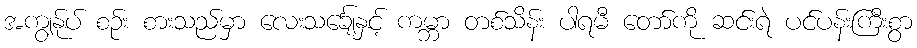
အကျွန်ုပ် စဉ်း စားသည်မှာ လေးသင်္ချေနှင့် ကမ္ဘာ တစ်သိန်း ပါရမီ တော်ကို ဆင်းရဲ ပင်ပန်းကြီးစွာ